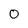
Character: 0